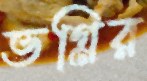
ভগ্নির